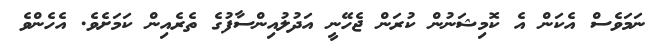
ނަމަވެސް އެކަން އެ ކޮމިޝަނުން ކުރަން ޖެހޭނީ އަދުލުއިންސާފުގެ ތެރެއިން ކަމަށެވެ. އެހެންވެ